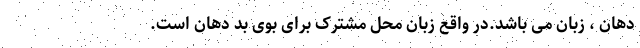
دهان ، زبان می باشد.در واقع زبان محل مشترک برای بوی بد دهان است.